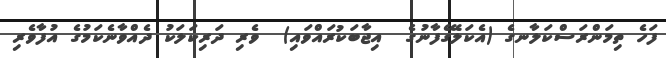
ފަހެ ތިމަންރަސްކަލާނގެ (އެކަލޭގެފާނުގެ  އިޖާބަކުރައްވައި)  ވެރި ދަރިކަލަކު ދެއްވާނެކަމުގެ އުފާވެރި